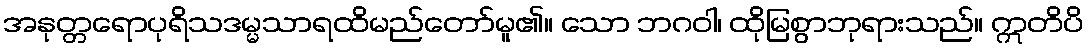
အနုတ္တရောပုရိသဒမ္မသာရထိမည်တော်မူ၏။ သော ဘဂဝါ၊ ထိုမြစွာဘုရားသည်။ ဣတိပိ